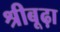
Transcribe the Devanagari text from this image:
श्रीबूढ़ा